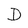
Character: D